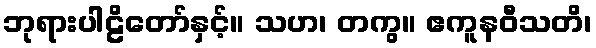
ဘုရားပါဠိတော်နှင့်။ သဟ၊ တကွ။ ဧကူနဝီသတိ၊